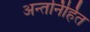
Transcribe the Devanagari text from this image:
अन्तर्निर्हित